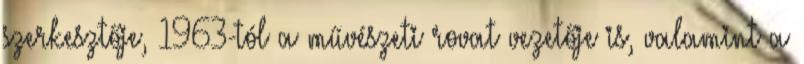
szerkesztője, 1963-tól a művészeti rovat vezetője is, valamint a